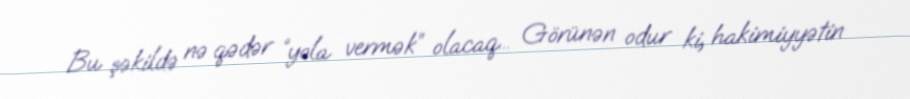
Bu şəkildə nə qədər “yola vermək” olacaq... Görünən odur ki, hakimiyyətin